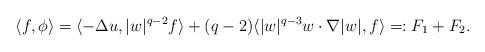
LaTeX: \begin{align*} \langle f, \phi \rangle =\langle - \Delta u, |w|^{q-2}f\rangle + (q-2) \langle |w|^{q-3} w \cdot \nabla |w|,f\rangle=:F_1+F_2. \end{align*}